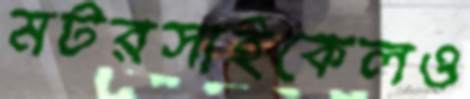
মটরসাইকেলও